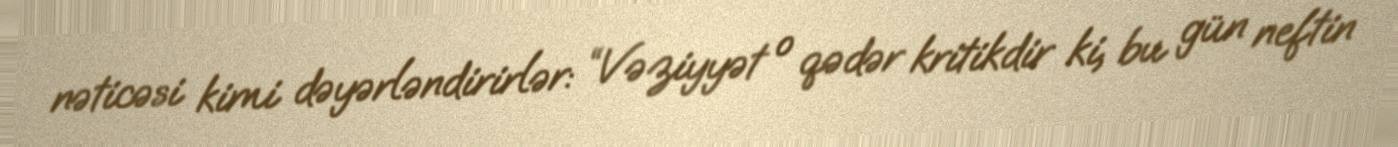
nəticəsi kimi dəyərləndirirlər: “Vəziyyət o qədər kritikdir ki, bu gün neftin